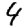
Digit: 4